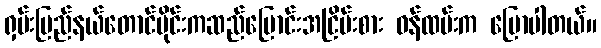
ရှမ်းပြည်နယ်တောင်ပိုင်းကဆည်မြောင်းအငြိမ်းစား ဝန်ထမ်းက ပြောပါတယ်။